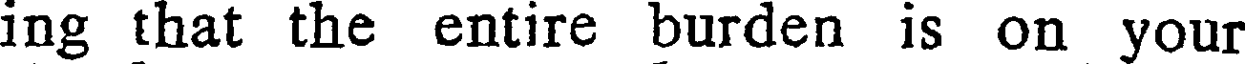
ing that the entire burden is on your